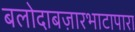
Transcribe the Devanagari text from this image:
बलोदाबज़ारभाटापारा